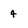
Character: 4